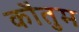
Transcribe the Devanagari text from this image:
कौतुम